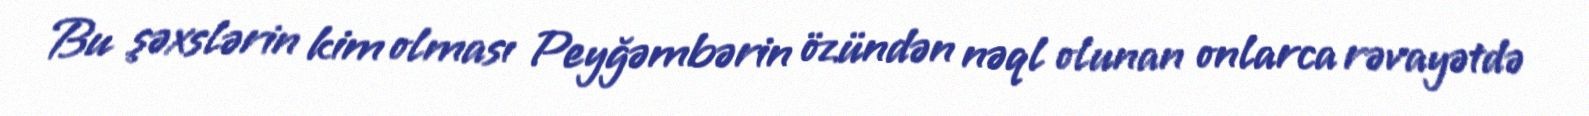
Bu şəxslərin kim olması Peyğəmbərin özündən nəql olunan onlarca rəvayətdə